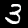
Label: 3